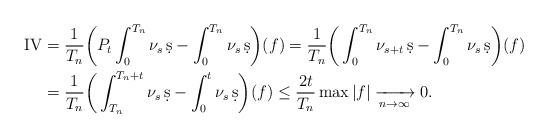
\begin{align*}\textrm{IV}&=\frac{1}{T_n}\bigg(P_t\int_0^{T_n}\nu_s\,\d s-\int_0^{T_n}\nu_s\,\d s\bigg)(f)=\frac{1}{T_n}\bigg(\int_0^{T_n}\nu_{s+t}\,\d s-\int_0^{T_n}\nu_s\,\d s\bigg)(f)\\&=\frac{1}{T_n}\bigg(\int_{T_n}^{T_n+t}\nu_s\,\d s-\int_0^{t}\nu_s\,\d s\bigg)(f)\le \frac{2t}{T_n}\max |f|\xrightarrow[n\to\infty]{} 0.\end{align*}